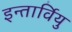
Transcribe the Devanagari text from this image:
इन्तार्वियु